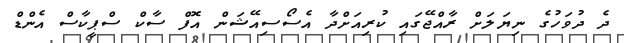
ދެ ދުވަހުގެ ނިޔަލަށް ރާއްޖޭގައި ކުރިއަށްދާ އެސޯސިއޭޝަން އޮފް ސާކް ސްޕީކާސް އެންޑް